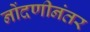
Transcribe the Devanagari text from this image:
नोंदणीनंतर